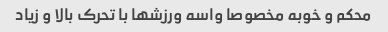
محکم و خوبه مخصوصا واسه ورزشها با تحرک بالا و زیاد